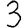
Digit: 3